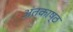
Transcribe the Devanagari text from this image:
अंतकाष्ठ